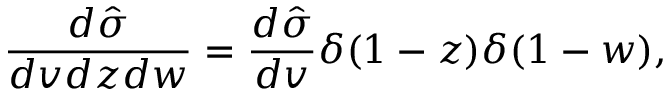
\frac { d \hat { \sigma } } { d v d z d w } = \frac { d \hat { \sigma } } { d v } \delta ( 1 - z ) \delta ( 1 - w ) ,